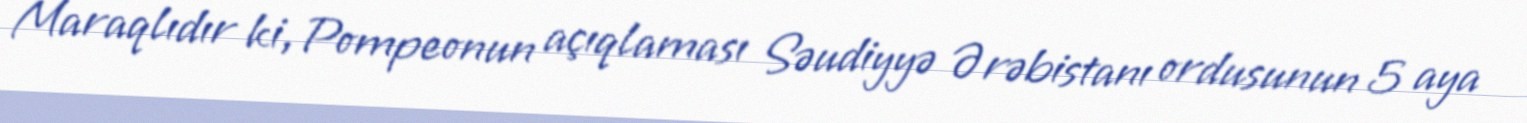
Maraqlıdır ki, Pompeonun açıqlaması Səudiyyə Ərəbistanı ordusunun 5 aya